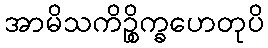
အာမိသကိဉ္စိက္ခဟေတုပိ